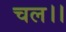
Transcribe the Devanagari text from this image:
चल।।